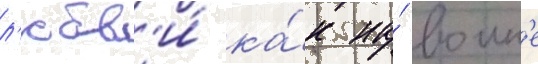
л'юбв'и́ ка́к на́ воин'е